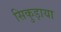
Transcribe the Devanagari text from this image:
सिकुड़ाया